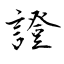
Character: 證